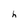
Character: h